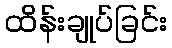
ထိန်းချုပ်ခြင်း